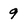
Character: 9